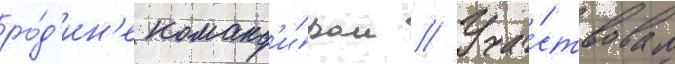
ро́д'ин'е команд'и́ром // Уча́ствовал